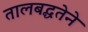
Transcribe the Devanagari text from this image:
तालबद्धतेने